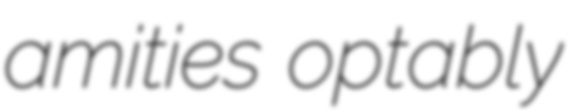
amities optably